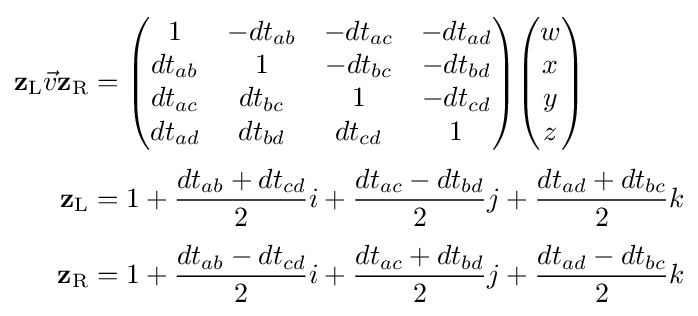
{\begin{aligned}\mathbf {z} _{\rm {L}}{\vec {v}}\mathbf {z} _{\rm {R}}&={\begin{pmatrix}1&-dt_{ab}&-dt_{ac}&-dt_{ad}\\dt_{ab}&1&-dt_{bc}&-dt_{bd}\\dt_{ac}&dt_{bc}&1&-dt_{cd}\\dt_{ad}&dt_{bd}&dt_{cd}&1\end{pmatrix}}{\begin{pmatrix}w\\x\\y\\z\end{pmatrix}}\\[3pt]\mathbf {z} _{\rm {L}}&=1+{dt_{ab}+dt_{cd} \over 2}i+{dt_{ac}-dt_{bd} \over 2}j+{dt_{ad}+dt_{bc} \over 2}k\\[3pt]\mathbf {z} _{\rm {R}}&=1+{dt_{ab}-dt_{cd} \over 2}i+{dt_{ac}+dt_{bd} \over 2}j+{dt_{ad}-dt_{bc} \over 2}k\end{aligned}}